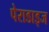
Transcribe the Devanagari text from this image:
पेराडाइज